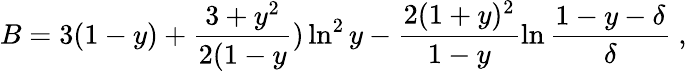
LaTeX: B=3(1-y)+\frac{3+y^{2}}{2(1-y})\ln^{2}y-\frac{2(1+y)^{2}}{1-y}\ln\frac{1-y-\delta}{\delta}\ ,